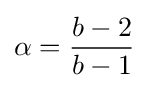
\alpha ={\frac {b-2}{b-1}}